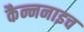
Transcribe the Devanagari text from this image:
कैन्ननाइच